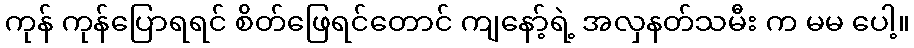
ကုန် ကုန်ပြောရရင် စိတ်ဖြေရင်တောင် ကျနော့်ရဲ့ အလှနတ်သမီး က မမ ပေါ့။